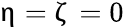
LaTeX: \upeta=\upzeta=0